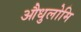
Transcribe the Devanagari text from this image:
औधुलोमि